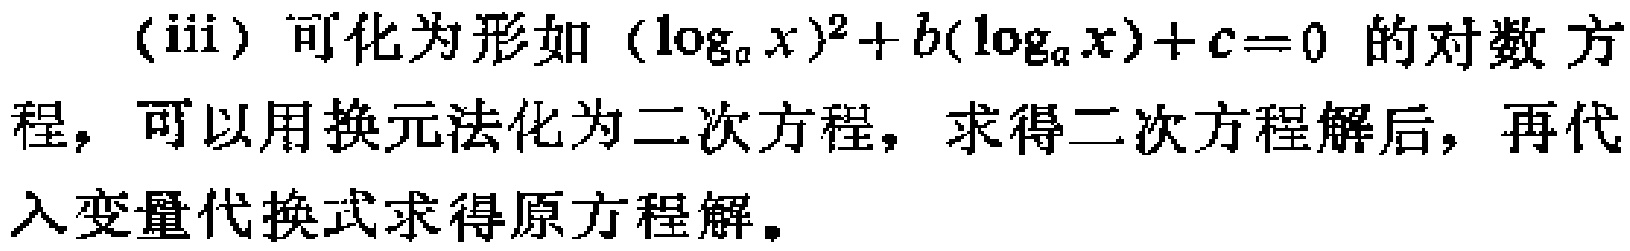
(iii) 可化为形如 \((\log_{a}x)^{2}+b(\log_{a}x)+c = 0\) 的对数方程，可以用换元法化为二次方程，求得二次方程解后，再代入变量代换式求得原方程解。